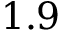
1 . 9